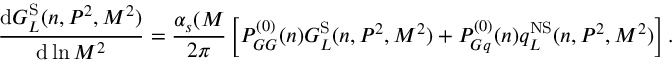
\frac { { \mathrm { d } } G _ { L } ^ { \mathrm { S } } ( n , P ^ { 2 } , M ^ { 2 } ) } { { \mathrm { d } } \ln M ^ { 2 } } = \frac { \alpha _ { s } ( M } { 2 \pi } \left[ P _ { G G } ^ { ( 0 ) } ( n ) G _ { L } ^ { \mathrm { S } } ( n , P ^ { 2 } , M ^ { 2 } ) + P _ { G q } ^ { ( 0 ) } ( n ) q _ { L } ^ { \mathrm { N S } } ( n , P ^ { 2 } , M ^ { 2 } ) \right] .